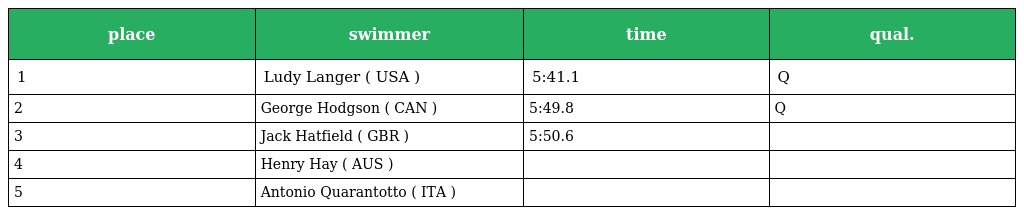
| place | swimmer | time | qual. |
 | --- | --- | --- | --- |
 | 1 | Ludy Langer ( USA ) | 5:41.1 | Q |
 | 2 | George Hodgson ( CAN ) | 5:49.8 | Q |
 | 3 | Jack Hatfield ( GBR ) | 5:50.6 |  |
 | 4 | Henry Hay ( AUS ) |  |  |
 | 5 | Antonio Quarantotto ( ITA ) |  |  |